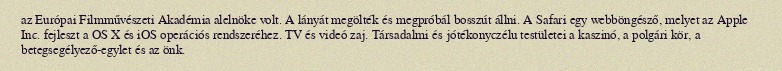
az Európai Filmművészeti Akadémia alelnöke volt. A lányát megölték és megpróbál bosszút állni. A Safari egy webböngésző, melyet az Apple Inc. fejleszt a OS X és iOS operációs rendszeréhez. TV és videó zaj. Társadalmi és jótékonyczélu testületei a kaszinó, a polgári kör, a betegsegélyező-egylet és az önk.